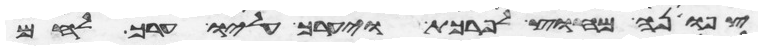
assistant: צפונה מחוץ לפרכת ויערך עליו ערך לחם